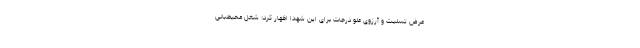
عرض تسلیت و آرزوی علو درجات برای این شهدا اظهار کرد: شغل محیطبانی